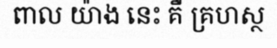
ពាល យ៉ាង នេះ គឺ គ្រហស្ថ